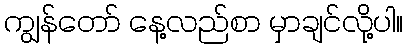
ကျွန်တော် နေ့လည်စာ မှာချင်လို့ပါ။